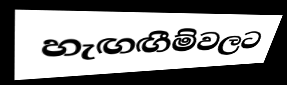
හැඟඟීම්වලට